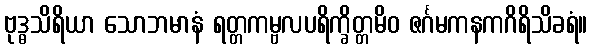
ဗုဒ္ဓသိရိယာ သောဘမာနံ ရတ္တကမ္ဗလပရိက္ခိတ္တမိဝ ဇင်္ဂမကနကဂိရိသိခရံ။